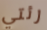
رئتي